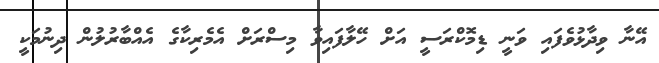
އޭނާ ވިދާޅުވެފައި ވަނީ ޑިމޮކްރަސީ އަށް ހޭލާފައިވާ މިސްރަށް އެމެރިކާގެ އެއްބާރުލުން ދިނުމަކީ